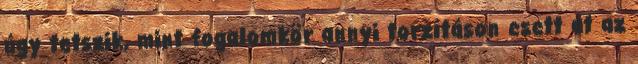
úgy tetszik, mint fogalomkör annyi torzításon esett át az